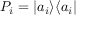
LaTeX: P _ { i } = | a _ { i } \rangle \langle a _ { i } |